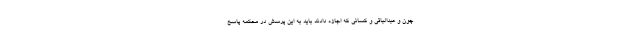
چون و عبدالباقی و کسانی که اجازه دادند باید به این پرسش در محکمه پاسخ